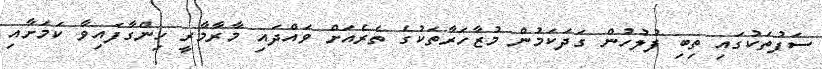
ސަފުތަކުގައި ތިބި ފުލުހުން ގަދަކަމުން މުޒާހަރާތަކުގެ ތެރެއަށް ވައްދައި މާރާމާރީ ހިންގާފައިވާ ކަމަށާއި